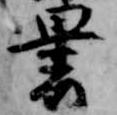
裹